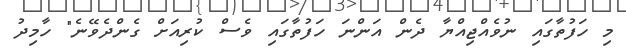
މި ހަފުތާގައި ނުވެއްޖިއްޔާ ދެން އަންނަ ހަފުތާގައި ވެސް ކުރިއަށް ގެންދެވޭނެ" ހާމިދު